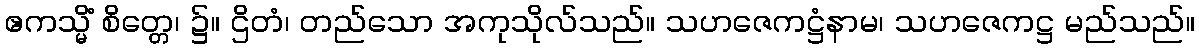
ဧကသ္မိံ စိတ္တေ၊ ၌။ ဌိတံ၊ တည်သော အကုသိုလ်သည်။ သဟဇေကဋ္ဌံနာမ၊ သဟဇေကဋ္ဌ မည်သည်။